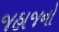
જહાજનો